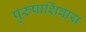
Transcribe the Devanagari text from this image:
पुरुषाशिवाय